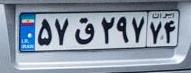
۵۷ق۲۹۷۷۴